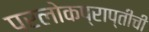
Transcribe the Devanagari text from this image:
परलोकप्राप्तीची